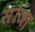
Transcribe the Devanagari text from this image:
सोजा